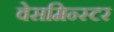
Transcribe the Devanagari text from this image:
वेसमिन्स्टर